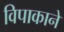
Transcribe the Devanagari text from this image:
विपाकाने